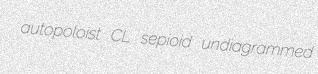
autopoloist CL sepioid undiagrammed